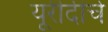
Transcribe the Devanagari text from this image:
यूरीदीचे